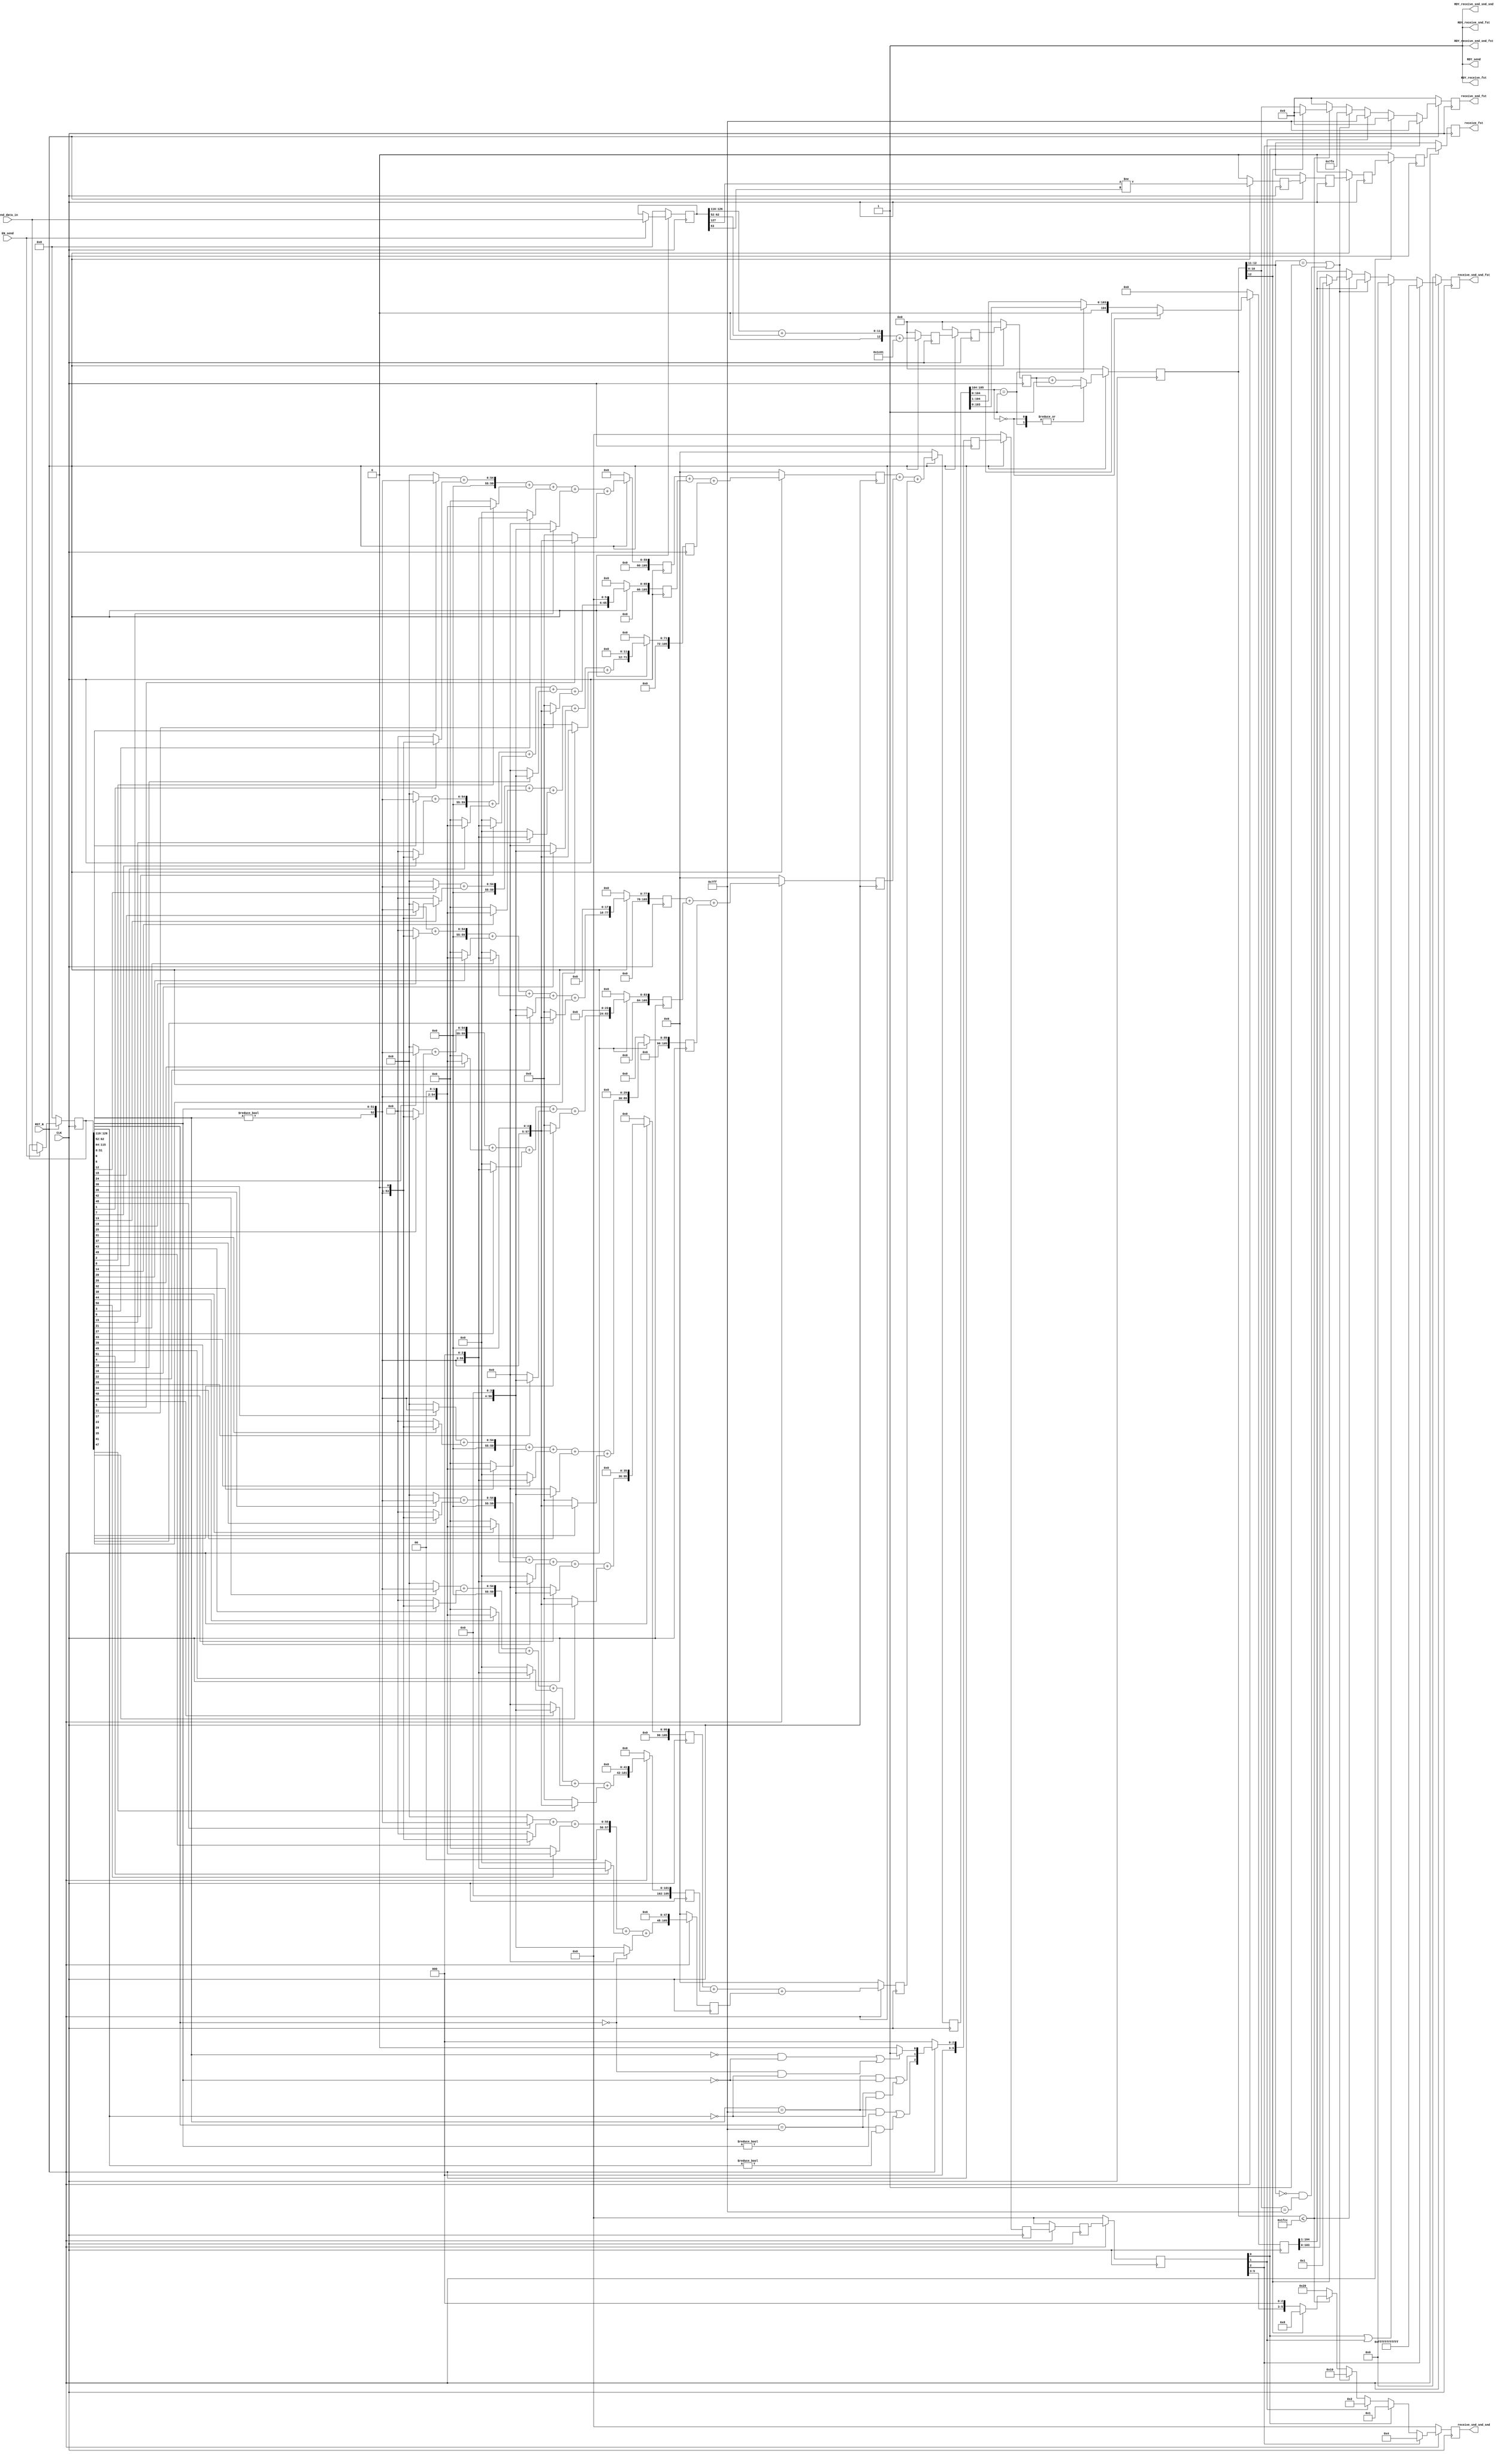
//
// Generated by Bluespec Compiler, version 2021.12.1 (build fd501401)
//
// On Sun Nov 12 01:47:22 IST 2023
//
//
// Ports:
// Name                         I/O  size props
// RDY_send                       O     1 const
// receive_fst                    O     1 reg
// RDY_receive_fst                O     1 const
// receive_snd_fst                O    11 reg
// RDY_receive_snd_fst            O     1 const
// receive_snd_snd_fst            O   104 reg
// RDY_receive_snd_snd_fst        O     1 const
// receive_snd_snd_snd            O     6 reg
// RDY_receive_snd_snd_snd        O     1 const
// CLK                            I     1 clock
// RST_N                          I     1 reset
// send_data_in                   I   128 reg
// EN_send                        I     1
//
// No combinational paths from inputs to outputs
//
//

`ifdef BSV_ASSIGNMENT_DELAY
`else
  `define BSV_ASSIGNMENT_DELAY
`endif

`ifdef BSV_POSITIVE_RESET
  `define BSV_RESET_VALUE 1'b1
  `define BSV_RESET_EDGE posedge
`else
  `define BSV_RESET_VALUE 1'b0
  `define BSV_RESET_EDGE negedge
`endif

module mkMulPipe(CLK,
		 RST_N,

		 send_data_in,
		 EN_send,
		 RDY_send,

		 receive_fst,
		 RDY_receive_fst,

		 receive_snd_fst,
		 RDY_receive_snd_fst,

		 receive_snd_snd_fst,
		 RDY_receive_snd_snd_fst,

		 receive_snd_snd_snd,
		 RDY_receive_snd_snd_snd);
  input  CLK;
  input  RST_N;

  // action method send
  input  [127 : 0] send_data_in;
  input  EN_send;
  output RDY_send;

  // value method receive_fst
  output receive_fst;
  output RDY_receive_fst;

  // value method receive_snd_fst
  output [10 : 0] receive_snd_fst;
  output RDY_receive_snd_fst;

  // value method receive_snd_snd_fst
  output [103 : 0] receive_snd_snd_fst;
  output RDY_receive_snd_snd_fst;

  // value method receive_snd_snd_snd
  output [5 : 0] receive_snd_snd_snd;
  output RDY_receive_snd_snd_snd;

  // signals for module outputs
  wire [103 : 0] receive_snd_snd_fst;
  wire [10 : 0] receive_snd_fst;
  wire [5 : 0] receive_snd_snd_snd;
  wire RDY_receive_fst,
       RDY_receive_snd_fst,
       RDY_receive_snd_snd_fst,
       RDY_receive_snd_snd_snd,
       RDY_send,
       receive_fst;

  // register d_copy1
  reg [127 : 0] d_copy1;
  wire [127 : 0] d_copy1$D_IN;
  wire d_copy1$EN;

  // register d_copy10
  reg [127 : 0] d_copy10;
  wire [127 : 0] d_copy10$D_IN;
  wire d_copy10$EN;

  // register d_copy11
  reg [127 : 0] d_copy11;
  wire [127 : 0] d_copy11$D_IN;
  wire d_copy11$EN;

  // register d_copy2
  reg [127 : 0] d_copy2;
  wire [127 : 0] d_copy2$D_IN;
  wire d_copy2$EN;

  // register d_copy3
  reg [127 : 0] d_copy3;
  wire [127 : 0] d_copy3$D_IN;
  wire d_copy3$EN;

  // register d_copy4
  reg [127 : 0] d_copy4;
  wire [127 : 0] d_copy4$D_IN;
  wire d_copy4$EN;

  // register d_copy5
  reg [127 : 0] d_copy5;
  wire [127 : 0] d_copy5$D_IN;
  wire d_copy5$EN;

  // register d_copy6
  reg [127 : 0] d_copy6;
  wire [127 : 0] d_copy6$D_IN;
  wire d_copy6$EN;

  // register d_copy7
  reg [127 : 0] d_copy7;
  wire [127 : 0] d_copy7$D_IN;
  wire d_copy7$EN;

  // register d_copy8
  reg [127 : 0] d_copy8;
  wire [127 : 0] d_copy8$D_IN;
  wire d_copy8$EN;

  // register d_copy9
  reg [127 : 0] d_copy9;
  wire [127 : 0] d_copy9$D_IN;
  wire d_copy9$EN;

  // register rg_er
  reg [12 : 0] rg_er;
  wire [12 : 0] rg_er$D_IN;
  wire rg_er$EN;

  // register rg_ers2
  reg [12 : 0] rg_ers2;
  wire [12 : 0] rg_ers2$D_IN;
  wire rg_ers2$EN;

  // register rg_ers3
  reg [12 : 0] rg_ers3;
  wire [12 : 0] rg_ers3$D_IN;
  wire rg_ers3$EN;

  // register rg_ex
  reg [12 : 0] rg_ex;
  reg [12 : 0] rg_ex$D_IN;
  wire rg_ex$EN;

  // register rg_ex_f
  reg [10 : 0] rg_ex_f;
  wire [10 : 0] rg_ex_f$D_IN;
  wire rg_ex_f$EN;

  // register rg_flags_f
  reg [5 : 0] rg_flags_f;
  wire [5 : 0] rg_flags_f$D_IN;
  wire rg_flags_f$EN;

  // register rg_flags_s1
  reg [5 : 0] rg_flags_s1;
  wire [5 : 0] rg_flags_s1$D_IN;
  wire rg_flags_s1$EN;

  // register rg_flags_s2
  reg [5 : 0] rg_flags_s2;
  wire [5 : 0] rg_flags_s2$D_IN;
  wire rg_flags_s2$EN;

  // register rg_flags_s3
  reg [5 : 0] rg_flags_s3;
  wire [5 : 0] rg_flags_s3$D_IN;
  wire rg_flags_s3$EN;

  // register rg_flags_s4
  reg [5 : 0] rg_flags_s4;
  wire [5 : 0] rg_flags_s4$D_IN;
  wire rg_flags_s4$EN;

  // register rg_man
  reg [107 : 0] rg_man;
  wire [107 : 0] rg_man$D_IN;
  wire rg_man$EN;

  // register rg_man_f
  reg [103 : 0] rg_man_f;
  wire [103 : 0] rg_man_f$D_IN;
  wire rg_man_f$EN;

  // register rg_partial_product0_1
  reg [107 : 0] rg_partial_product0_1;
  wire [107 : 0] rg_partial_product0_1$D_IN;
  wire rg_partial_product0_1$EN;

  // register rg_partial_product1_1
  reg [107 : 0] rg_partial_product1_1;
  wire [107 : 0] rg_partial_product1_1$D_IN;
  wire rg_partial_product1_1$EN;

  // register rg_partial_product2_1
  reg [107 : 0] rg_partial_product2_1;
  wire [107 : 0] rg_partial_product2_1$D_IN;
  wire rg_partial_product2_1$EN;

  // register rg_partial_product3_1
  reg [107 : 0] rg_partial_product3_1;
  wire [107 : 0] rg_partial_product3_1$D_IN;
  wire rg_partial_product3_1$EN;

  // register rg_partial_product4_1
  reg [107 : 0] rg_partial_product4_1;
  wire [107 : 0] rg_partial_product4_1$D_IN;
  wire rg_partial_product4_1$EN;

  // register rg_partial_product5_1
  reg [107 : 0] rg_partial_product5_1;
  wire [107 : 0] rg_partial_product5_1$D_IN;
  wire rg_partial_product5_1$EN;

  // register rg_partial_product6_1
  reg [107 : 0] rg_partial_product6_1;
  wire [107 : 0] rg_partial_product6_1$D_IN;
  wire rg_partial_product6_1$EN;

  // register rg_partial_product7_1
  reg [107 : 0] rg_partial_product7_1;
  wire [107 : 0] rg_partial_product7_1$D_IN;
  wire rg_partial_product7_1$EN;

  // register rg_partial_product8_1
  reg [107 : 0] rg_partial_product8_1;
  wire [107 : 0] rg_partial_product8_1$D_IN;
  wire rg_partial_product8_1$EN;

  // register rg_sign
  reg rg_sign;
  wire rg_sign$D_IN, rg_sign$EN;

  // register rg_sign_f
  reg rg_sign_f;
  wire rg_sign_f$D_IN, rg_sign_f$EN;

  // register rg_smr
  reg [107 : 0] rg_smr;
  wire [107 : 0] rg_smr$D_IN;
  wire rg_smr$EN;

  // register rg_smr1
  reg [107 : 0] rg_smr1;
  wire [107 : 0] rg_smr1$D_IN;
  wire rg_smr1$EN;

  // register rg_smr2
  reg [107 : 0] rg_smr2;
  wire [107 : 0] rg_smr2$D_IN;
  wire rg_smr2$EN;

  // register rg_smr3
  reg [107 : 0] rg_smr3;
  wire [107 : 0] rg_smr3$D_IN;
  wire rg_smr3$EN;

  // register rg_sr
  reg rg_sr;
  wire rg_sr$D_IN, rg_sr$EN;

  // register rg_srs2
  reg rg_srs2;
  wire rg_srs2$D_IN, rg_srs2$EN;

  // register rg_srs3
  reg rg_srs3;
  wire rg_srs3$D_IN, rg_srs3$EN;

  // rule scheduling signals
  wire CAN_FIRE_RL_rl_add_stage2,
       CAN_FIRE_RL_rl_eval_exponent_sign_stage1,
       CAN_FIRE_RL_rl_eval_partial_product_1_stage1,
       CAN_FIRE_RL_rl_stage2o5,
       CAN_FIRE_RL_rl_stage3,
       CAN_FIRE_RL_rl_stage5,
       CAN_FIRE_send,
       WILL_FIRE_RL_rl_add_stage2,
       WILL_FIRE_RL_rl_eval_exponent_sign_stage1,
       WILL_FIRE_RL_rl_eval_partial_product_1_stage1,
       WILL_FIRE_RL_rl_stage2o5,
       WILL_FIRE_RL_rl_stage3,
       WILL_FIRE_RL_rl_stage5,
       WILL_FIRE_send;

  // remaining internal signals
  wire [107 : 0] x__h4187, x__h4246, x__h4305, x__h4544;
  wire [103 : 0] IF_rg_ex_55_BITS_12_TO_11_56_EQ_0b1_57_OR_rg_e_ETC___d277,
		 IF_rg_ex_55_ULE_0x1FCC_63_THEN_IF_rg_ex_55_BIT_ETC___d276;
  wire [59 : 0] a__h1670,
		res1__h1677,
		res1__h1942,
		res1__h2199,
		res1__h2455,
		res1__h2711,
		res1__h2967,
		res1__h3223,
		res1__h3479,
		res1__h3711,
		res2__h1678,
		res2__h1943,
		res2__h2200,
		res2__h2456,
		res2__h2712,
		res2__h2968,
		res2__h3224,
		res2__h3480,
		res2__h3712,
		res3__h1679,
		res3__h1944,
		res3__h2201,
		res3__h2457,
		res3__h2713,
		res3__h2969,
		res3__h3225,
		res3__h3481,
		res3__h3713,
		res4__h1680,
		res4__h1945,
		res4__h2202,
		res4__h2458,
		res4__h2714,
		res4__h2970,
		res4__h3226,
		res4__h3482,
		res4__h3714,
		res5__h1681,
		res5__h1946,
		res5__h2203,
		res5__h2459,
		res5__h2715,
		res5__h2971,
		res5__h3227,
		res5__h3483,
		res5__h3715,
		res6__h1682,
		res6__h1947,
		res6__h2204,
		res6__h2460,
		res6__h2716,
		res6__h2972,
		res6__h3228,
		res6__h3484,
		x__h1702,
		x__h1703,
		x__h1704,
		x__h1705,
		x__h1967,
		x__h1968,
		x__h1969,
		x__h1970,
		x__h2224,
		x__h2225,
		x__h2226,
		x__h2227,
		x__h2480,
		x__h2481,
		x__h2482,
		x__h2483,
		x__h2736,
		x__h2737,
		x__h2738,
		x__h2739,
		x__h2992,
		x__h2993,
		x__h2994,
		x__h2995,
		x__h3248,
		x__h3249,
		x__h3250,
		x__h3251,
		x__h3504,
		x__h3505,
		x__h3506,
		x__h3507,
		x__h3737,
		x__h3738,
		x__h3739,
		y__h1683,
		y__h1948,
		y__h2205,
		y__h2461,
		y__h2717,
		y__h2973,
		y__h3229,
		y__h3485,
		y__h3717;
  wire [52 : 0] m__h1667;
  wire [12 : 0] x__h5069, x__h800, x__h802, y__h803;
  wire [10 : 0] IF_rg_flags_s4_51_BIT_0_53_THEN_0x0_ELSE_IF_rg_ETC___d269;
  wire [5 : 0] IF_d_copy2_BITS_126_TO_116_EQ_0_AND_d_copy2_BI_ETC__q1,
	       IF_rg_ex_55_ULE_0x1FCC_63_THEN_IF_rg_ex_55_BIT_ETC___d281,
	       IF_rg_flags_s4_51_BIT_0_53_THEN_0b1_ELSE_IF_rg_ETC___d284;
  wire rg_ex_55_ULE_0x1FCC___d263;

  // action method send
  assign RDY_send = 1'd1 ;
  assign CAN_FIRE_send = 1'd1 ;
  assign WILL_FIRE_send = EN_send ;

  // value method receive_fst
  assign receive_fst = rg_sign_f ;
  assign RDY_receive_fst = 1'd1 ;

  // value method receive_snd_fst
  assign receive_snd_fst = rg_ex_f ;
  assign RDY_receive_snd_fst = 1'd1 ;

  // value method receive_snd_snd_fst
  assign receive_snd_snd_fst = rg_man_f ;
  assign RDY_receive_snd_snd_fst = 1'd1 ;

  // value method receive_snd_snd_snd
  assign receive_snd_snd_snd = rg_flags_f ;
  assign RDY_receive_snd_snd_snd = 1'd1 ;

  // rule RL_rl_stage5
  assign CAN_FIRE_RL_rl_stage5 = 1'd1 ;
  assign WILL_FIRE_RL_rl_stage5 = 1'd1 ;

  // rule RL_rl_stage3
  assign CAN_FIRE_RL_rl_stage3 = 1'd1 ;
  assign WILL_FIRE_RL_rl_stage3 = 1'd1 ;

  // rule RL_rl_stage2o5
  assign CAN_FIRE_RL_rl_stage2o5 = 1'd1 ;
  assign WILL_FIRE_RL_rl_stage2o5 = 1'd1 ;

  // rule RL_rl_add_stage2
  assign CAN_FIRE_RL_rl_add_stage2 = 1'd1 ;
  assign WILL_FIRE_RL_rl_add_stage2 = 1'd1 ;

  // rule RL_rl_eval_exponent_sign_stage1
  assign CAN_FIRE_RL_rl_eval_exponent_sign_stage1 = 1'd1 ;
  assign WILL_FIRE_RL_rl_eval_exponent_sign_stage1 = 1'd1 ;

  // rule RL_rl_eval_partial_product_1_stage1
  assign CAN_FIRE_RL_rl_eval_partial_product_1_stage1 = 1'd1 ;
  assign WILL_FIRE_RL_rl_eval_partial_product_1_stage1 = 1'd1 ;

  // register d_copy1
  assign d_copy1$D_IN = send_data_in ;
  assign d_copy1$EN = EN_send ;

  // register d_copy10
  assign d_copy10$D_IN = 128'h0 ;
  assign d_copy10$EN = 1'b0 ;

  // register d_copy11
  assign d_copy11$D_IN = 128'h0 ;
  assign d_copy11$EN = 1'b0 ;

  // register d_copy2
  assign d_copy2$D_IN = send_data_in ;
  assign d_copy2$EN = EN_send ;

  // register d_copy3
  assign d_copy3$D_IN = 128'h0 ;
  assign d_copy3$EN = 1'b0 ;

  // register d_copy4
  assign d_copy4$D_IN = 128'h0 ;
  assign d_copy4$EN = 1'b0 ;

  // register d_copy5
  assign d_copy5$D_IN = 128'h0 ;
  assign d_copy5$EN = 1'b0 ;

  // register d_copy6
  assign d_copy6$D_IN = 128'h0 ;
  assign d_copy6$EN = 1'b0 ;

  // register d_copy7
  assign d_copy7$D_IN = 128'h0 ;
  assign d_copy7$EN = 1'b0 ;

  // register d_copy8
  assign d_copy8$D_IN = 128'h0 ;
  assign d_copy8$EN = 1'b0 ;

  // register d_copy9
  assign d_copy9$D_IN = 128'h0 ;
  assign d_copy9$EN = 1'b0 ;

  // register rg_er
  assign rg_er$D_IN = x__h800 + 13'd7169 ;
  assign rg_er$EN = 1'd1 ;

  // register rg_ers2
  assign rg_ers2$D_IN = rg_er ;
  assign rg_ers2$EN = 1'd1 ;

  // register rg_ers3
  assign rg_ers3$D_IN = rg_ers2 ;
  assign rg_ers3$EN = 1'd1 ;

  // register rg_ex
  always@(rg_smr or x__h5069 or rg_ers3)
  begin
    case (rg_smr[105:104])
      2'b0, 2'b01: rg_ex$D_IN = rg_ers3;
      default: rg_ex$D_IN = x__h5069;
    endcase
  end
  assign rg_ex$EN = 1'b1 ;

  // register rg_ex_f
  assign rg_ex_f$D_IN =
	     rg_flags_s4[2] ?
	       11'h7FF :
	       IF_rg_flags_s4_51_BIT_0_53_THEN_0x0_ELSE_IF_rg_ETC___d269 ;
  assign rg_ex_f$EN = 1'd1 ;

  // register rg_flags_f
  assign rg_flags_f$D_IN =
	     rg_flags_s4[2] ?
	       6'b000100 :
	       IF_rg_flags_s4_51_BIT_0_53_THEN_0b1_ELSE_IF_rg_ETC___d284 ;
  assign rg_flags_f$EN = 1'd1 ;

  // register rg_flags_s1
  assign rg_flags_s1$D_IN =
	     { 3'd0,
	       d_copy2[126:116] == 11'd2047 && d_copy2[115:64] != 52'd0 ||
	       d_copy2[62:52] == 11'd2047 && d_copy2[51:0] != 52'd0,
	       d_copy2[126:116] == 11'd2047 && d_copy2[115:64] == 52'd0 ||
	       d_copy2[62:52] == 11'd2047 && d_copy2[51:0] == 52'd0,
	       IF_d_copy2_BITS_126_TO_116_EQ_0_AND_d_copy2_BI_ETC__q1[0] } ;
  assign rg_flags_s1$EN = 1'd1 ;

  // register rg_flags_s2
  assign rg_flags_s2$D_IN = rg_flags_s1 ;
  assign rg_flags_s2$EN = 1'd1 ;

  // register rg_flags_s3
  assign rg_flags_s3$D_IN = rg_flags_s2 ;
  assign rg_flags_s3$EN = 1'd1 ;

  // register rg_flags_s4
  assign rg_flags_s4$D_IN = rg_flags_s3 ;
  assign rg_flags_s4$EN = 1'd1 ;

  // register rg_man
  assign rg_man$D_IN =
	     (rg_smr[105:104] == 2'b0) ?
	       rg_smr :
	       { 4'b0,
		 (rg_smr[105:104] == 2'b01) ?
		   rg_smr[103:0] :
		   rg_smr[104:1] } ;
  assign rg_man$EN = 1'b1 ;

  // register rg_man_f
  assign rg_man_f$D_IN =
	     rg_flags_s4[2] ?
	       104'h00000000000000FFFFFFFFFFFF :
	       ((rg_flags_s4[0] || rg_flags_s4[1]) ?
		  104'h0 :
		  IF_rg_ex_55_BITS_12_TO_11_56_EQ_0b1_57_OR_rg_e_ETC___d277) ;
  assign rg_man_f$EN = 1'd1 ;

  // register rg_partial_product0_1
  assign rg_partial_product0_1$D_IN = { 48'd0, y__h1683 } ;
  assign rg_partial_product0_1$EN = 1'd1 ;

  // register rg_partial_product1_1
  assign rg_partial_product1_1$D_IN = { 42'd0, y__h1948, 6'd0 } ;
  assign rg_partial_product1_1$EN = 1'd1 ;

  // register rg_partial_product2_1
  assign rg_partial_product2_1$D_IN = { 36'd0, y__h2205, 12'd0 } ;
  assign rg_partial_product2_1$EN = 1'd1 ;

  // register rg_partial_product3_1
  assign rg_partial_product3_1$D_IN = { 30'd0, y__h2461, 18'd0 } ;
  assign rg_partial_product3_1$EN = 1'd1 ;

  // register rg_partial_product4_1
  assign rg_partial_product4_1$D_IN = { 24'd0, y__h2717, 24'd0 } ;
  assign rg_partial_product4_1$EN = 1'd1 ;

  // register rg_partial_product5_1
  assign rg_partial_product5_1$D_IN = { 18'd0, y__h2973, 30'd0 } ;
  assign rg_partial_product5_1$EN = 1'd1 ;

  // register rg_partial_product6_1
  assign rg_partial_product6_1$D_IN = { 12'd0, y__h3229, 36'd0 } ;
  assign rg_partial_product6_1$EN = 1'd1 ;

  // register rg_partial_product7_1
  assign rg_partial_product7_1$D_IN = { 6'd0, y__h3485, 42'd0 } ;
  assign rg_partial_product7_1$EN = 1'd1 ;

  // register rg_partial_product8_1
  assign rg_partial_product8_1$D_IN = { y__h3717, 48'd0 } ;
  assign rg_partial_product8_1$EN = 1'd1 ;

  // register rg_sign
  assign rg_sign$D_IN = rg_srs3 ;
  assign rg_sign$EN = 1'd1 ;

  // register rg_sign_f
  assign rg_sign_f$D_IN = rg_sign ;
  assign rg_sign_f$EN = 1'd1 ;

  // register rg_smr
  assign rg_smr$D_IN = x__h4544 + rg_smr3 ;
  assign rg_smr$EN = 1'd1 ;

  // register rg_smr1
  assign rg_smr1$D_IN = x__h4187 + rg_partial_product2_1 ;
  assign rg_smr1$EN = 1'd1 ;

  // register rg_smr2
  assign rg_smr2$D_IN = x__h4246 + rg_partial_product5_1 ;
  assign rg_smr2$EN = 1'd1 ;

  // register rg_smr3
  assign rg_smr3$D_IN = x__h4305 + rg_partial_product8_1 ;
  assign rg_smr3$EN = 1'd1 ;

  // register rg_sr
  assign rg_sr$D_IN = d_copy1[127] != d_copy1[63] ;
  assign rg_sr$EN = 1'd1 ;

  // register rg_srs2
  assign rg_srs2$D_IN = rg_sr ;
  assign rg_srs2$EN = 1'd1 ;

  // register rg_srs3
  assign rg_srs3$D_IN = rg_srs2 ;
  assign rg_srs3$EN = 1'd1 ;

  // remaining internal signals
  assign IF_d_copy2_BITS_126_TO_116_EQ_0_AND_d_copy2_BI_ETC__q1 =
	     (d_copy2[126:116] == 11'd0 && d_copy2[115:64] == 52'd0 ||
	      d_copy2[62:52] == 11'd0 && d_copy2[51:0] == 52'd0) ?
	       6'd1 :
	       6'd0 ;
  assign IF_rg_ex_55_BITS_12_TO_11_56_EQ_0b1_57_OR_rg_e_ETC___d277 =
	     (rg_ex[12:11] == 2'b01 ||
	      rg_ex[12:11] == 2'b0 && rg_ex[10:0] == 11'd2047) ?
	       rg_man[104:1] :
	       IF_rg_ex_55_ULE_0x1FCC_63_THEN_IF_rg_ex_55_BIT_ETC___d276 ;
  assign IF_rg_ex_55_ULE_0x1FCC_63_THEN_IF_rg_ex_55_BIT_ETC___d276 =
	     rg_ex_55_ULE_0x1FCC___d263 ?
	       (rg_ex[12] ? 104'h00000000000000000000000001 : rg_man[103:0]) :
	       rg_man[104:1] ;
  assign IF_rg_ex_55_ULE_0x1FCC_63_THEN_IF_rg_ex_55_BIT_ETC___d281 =
	     rg_ex_55_ULE_0x1FCC___d263 ?
	       (rg_ex[12] ? 6'b001000 : rg_flags_s4) :
	       6'b100000 ;
  assign IF_rg_flags_s4_51_BIT_0_53_THEN_0b1_ELSE_IF_rg_ETC___d284 =
	     rg_flags_s4[0] ?
	       6'b000001 :
	       (rg_flags_s4[1] ?
		  6'b000010 :
		  ((rg_ex[12:11] == 2'b01 ||
		    rg_ex[12:11] == 2'b0 && rg_ex[10:0] == 11'd2047) ?
		     6'b010000 :
		     IF_rg_ex_55_ULE_0x1FCC_63_THEN_IF_rg_ex_55_BIT_ETC___d281)) ;
  assign IF_rg_flags_s4_51_BIT_0_53_THEN_0x0_ELSE_IF_rg_ETC___d269 =
	     rg_flags_s4[0] ?
	       11'h0 :
	       (rg_flags_s4[1] ?
		  11'h7FF :
		  ((rg_ex[12:11] == 2'b01 ||
		    rg_ex[12:11] == 2'b0 && rg_ex[10:0] == 11'd2047) ?
		     11'h7FE :
		     (rg_ex_55_ULE_0x1FCC___d263 ?
			(rg_ex[12] ? 11'h0 : rg_ex[10:0]) :
			11'h0))) ;
  assign a__h1670 = { 7'd0, m__h1667 } ;
  assign m__h1667 = { d_copy2[126:116] != 11'd0, d_copy2[115:64] } ;
  assign res1__h1677 = d_copy2[0] ? a__h1670 : 60'd0 ;
  assign res1__h1942 = d_copy2[6] ? a__h1670 : 60'd0 ;
  assign res1__h2199 = d_copy2[12] ? a__h1670 : 60'd0 ;
  assign res1__h2455 = d_copy2[18] ? a__h1670 : 60'd0 ;
  assign res1__h2711 = d_copy2[24] ? a__h1670 : 60'd0 ;
  assign res1__h2967 = d_copy2[30] ? a__h1670 : 60'd0 ;
  assign res1__h3223 = d_copy2[36] ? a__h1670 : 60'd0 ;
  assign res1__h3479 = d_copy2[42] ? a__h1670 : 60'd0 ;
  assign res1__h3711 = d_copy2[48] ? a__h1670 : 60'd0 ;
  assign res2__h1678 = d_copy2[1] ? { 6'd0, m__h1667, 1'd0 } : 60'd0 ;
  assign res2__h1943 = d_copy2[7] ? { 6'd0, m__h1667, 1'd0 } : 60'd0 ;
  assign res2__h2200 = d_copy2[13] ? { 6'd0, m__h1667, 1'd0 } : 60'd0 ;
  assign res2__h2456 = d_copy2[19] ? { 6'd0, m__h1667, 1'd0 } : 60'd0 ;
  assign res2__h2712 = d_copy2[25] ? { 6'd0, m__h1667, 1'd0 } : 60'd0 ;
  assign res2__h2968 = d_copy2[31] ? { 6'd0, m__h1667, 1'd0 } : 60'd0 ;
  assign res2__h3224 = d_copy2[37] ? { 6'd0, m__h1667, 1'd0 } : 60'd0 ;
  assign res2__h3480 = d_copy2[43] ? { 6'd0, m__h1667, 1'd0 } : 60'd0 ;
  assign res2__h3712 = d_copy2[49] ? { 6'd0, m__h1667, 1'd0 } : 60'd0 ;
  assign res3__h1679 = d_copy2[2] ? { 5'd0, m__h1667, 2'd0 } : 60'd0 ;
  assign res3__h1944 = d_copy2[8] ? { 5'd0, m__h1667, 2'd0 } : 60'd0 ;
  assign res3__h2201 = d_copy2[14] ? { 5'd0, m__h1667, 2'd0 } : 60'd0 ;
  assign res3__h2457 = d_copy2[20] ? { 5'd0, m__h1667, 2'd0 } : 60'd0 ;
  assign res3__h2713 = d_copy2[26] ? { 5'd0, m__h1667, 2'd0 } : 60'd0 ;
  assign res3__h2969 = d_copy2[32] ? { 5'd0, m__h1667, 2'd0 } : 60'd0 ;
  assign res3__h3225 = d_copy2[38] ? { 5'd0, m__h1667, 2'd0 } : 60'd0 ;
  assign res3__h3481 = d_copy2[44] ? { 5'd0, m__h1667, 2'd0 } : 60'd0 ;
  assign res3__h3713 = d_copy2[50] ? { 5'd0, m__h1667, 2'd0 } : 60'd0 ;
  assign res4__h1680 = d_copy2[3] ? { 4'd0, m__h1667, 3'd0 } : 60'd0 ;
  assign res4__h1945 = d_copy2[9] ? { 4'd0, m__h1667, 3'd0 } : 60'd0 ;
  assign res4__h2202 = d_copy2[15] ? { 4'd0, m__h1667, 3'd0 } : 60'd0 ;
  assign res4__h2458 = d_copy2[21] ? { 4'd0, m__h1667, 3'd0 } : 60'd0 ;
  assign res4__h2714 = d_copy2[27] ? { 4'd0, m__h1667, 3'd0 } : 60'd0 ;
  assign res4__h2970 = d_copy2[33] ? { 4'd0, m__h1667, 3'd0 } : 60'd0 ;
  assign res4__h3226 = d_copy2[39] ? { 4'd0, m__h1667, 3'd0 } : 60'd0 ;
  assign res4__h3482 = d_copy2[45] ? { 4'd0, m__h1667, 3'd0 } : 60'd0 ;
  assign res4__h3714 = d_copy2[51] ? { 4'd0, m__h1667, 3'd0 } : 60'd0 ;
  assign res5__h1681 = d_copy2[4] ? { 3'd0, m__h1667, 4'd0 } : 60'd0 ;
  assign res5__h1946 = d_copy2[10] ? { 3'd0, m__h1667, 4'd0 } : 60'd0 ;
  assign res5__h2203 = d_copy2[16] ? { 3'd0, m__h1667, 4'd0 } : 60'd0 ;
  assign res5__h2459 = d_copy2[22] ? { 3'd0, m__h1667, 4'd0 } : 60'd0 ;
  assign res5__h2715 = d_copy2[28] ? { 3'd0, m__h1667, 4'd0 } : 60'd0 ;
  assign res5__h2971 = d_copy2[34] ? { 3'd0, m__h1667, 4'd0 } : 60'd0 ;
  assign res5__h3227 = d_copy2[40] ? { 3'd0, m__h1667, 4'd0 } : 60'd0 ;
  assign res5__h3483 = d_copy2[46] ? { 3'd0, m__h1667, 4'd0 } : 60'd0 ;
  assign res5__h3715 =
	     (d_copy2[62:52] == 11'd0) ? 60'd0 : { 3'd0, m__h1667, 4'd0 } ;
  assign res6__h1682 = d_copy2[5] ? { 2'd0, m__h1667, 5'd0 } : 60'd0 ;
  assign res6__h1947 = d_copy2[11] ? { 2'd0, m__h1667, 5'd0 } : 60'd0 ;
  assign res6__h2204 = d_copy2[17] ? { 2'd0, m__h1667, 5'd0 } : 60'd0 ;
  assign res6__h2460 = d_copy2[23] ? { 2'd0, m__h1667, 5'd0 } : 60'd0 ;
  assign res6__h2716 = d_copy2[29] ? { 2'd0, m__h1667, 5'd0 } : 60'd0 ;
  assign res6__h2972 = d_copy2[35] ? { 2'd0, m__h1667, 5'd0 } : 60'd0 ;
  assign res6__h3228 = d_copy2[41] ? { 2'd0, m__h1667, 5'd0 } : 60'd0 ;
  assign res6__h3484 = d_copy2[47] ? { 2'd0, m__h1667, 5'd0 } : 60'd0 ;
  assign rg_ex_55_ULE_0x1FCC___d263 = rg_ex <= 13'h1FCC ;
  assign x__h1702 = x__h1703 + res5__h1681 ;
  assign x__h1703 = x__h1704 + res4__h1680 ;
  assign x__h1704 = x__h1705 + res3__h1679 ;
  assign x__h1705 = res1__h1677 + res2__h1678 ;
  assign x__h1967 = x__h1968 + res5__h1946 ;
  assign x__h1968 = x__h1969 + res4__h1945 ;
  assign x__h1969 = x__h1970 + res3__h1944 ;
  assign x__h1970 = res1__h1942 + res2__h1943 ;
  assign x__h2224 = x__h2225 + res5__h2203 ;
  assign x__h2225 = x__h2226 + res4__h2202 ;
  assign x__h2226 = x__h2227 + res3__h2201 ;
  assign x__h2227 = res1__h2199 + res2__h2200 ;
  assign x__h2480 = x__h2481 + res5__h2459 ;
  assign x__h2481 = x__h2482 + res4__h2458 ;
  assign x__h2482 = x__h2483 + res3__h2457 ;
  assign x__h2483 = res1__h2455 + res2__h2456 ;
  assign x__h2736 = x__h2737 + res5__h2715 ;
  assign x__h2737 = x__h2738 + res4__h2714 ;
  assign x__h2738 = x__h2739 + res3__h2713 ;
  assign x__h2739 = res1__h2711 + res2__h2712 ;
  assign x__h2992 = x__h2993 + res5__h2971 ;
  assign x__h2993 = x__h2994 + res4__h2970 ;
  assign x__h2994 = x__h2995 + res3__h2969 ;
  assign x__h2995 = res1__h2967 + res2__h2968 ;
  assign x__h3248 = x__h3249 + res5__h3227 ;
  assign x__h3249 = x__h3250 + res4__h3226 ;
  assign x__h3250 = x__h3251 + res3__h3225 ;
  assign x__h3251 = res1__h3223 + res2__h3224 ;
  assign x__h3504 = x__h3505 + res5__h3483 ;
  assign x__h3505 = x__h3506 + res4__h3482 ;
  assign x__h3506 = x__h3507 + res3__h3481 ;
  assign x__h3507 = res1__h3479 + res2__h3480 ;
  assign x__h3737 = x__h3738 + res4__h3714 ;
  assign x__h3738 = x__h3739 + res3__h3713 ;
  assign x__h3739 = res1__h3711 + res2__h3712 ;
  assign x__h4187 = rg_partial_product0_1 + rg_partial_product1_1 ;
  assign x__h4246 = rg_partial_product3_1 + rg_partial_product4_1 ;
  assign x__h4305 = rg_partial_product6_1 + rg_partial_product7_1 ;
  assign x__h4544 = rg_smr1 + rg_smr2 ;
  assign x__h5069 = rg_ers3 + 13'd1 ;
  assign x__h800 = x__h802 + y__h803 ;
  assign x__h802 = { 2'd0, d_copy1[126:116] } ;
  assign y__h1683 = x__h1702 + res6__h1682 ;
  assign y__h1948 = x__h1967 + res6__h1947 ;
  assign y__h2205 = x__h2224 + res6__h2204 ;
  assign y__h2461 = x__h2480 + res6__h2460 ;
  assign y__h2717 = x__h2736 + res6__h2716 ;
  assign y__h2973 = x__h2992 + res6__h2972 ;
  assign y__h3229 = x__h3248 + res6__h3228 ;
  assign y__h3485 = x__h3504 + res6__h3484 ;
  assign y__h3717 = x__h3737 + res5__h3715 ;
  assign y__h803 = { 2'd0, d_copy1[62:52] } ;

  // handling of inlined registers

  always@(posedge CLK)
  begin
    if (RST_N == `BSV_RESET_VALUE)
      begin
        d_copy1 <= `BSV_ASSIGNMENT_DELAY 128'd0;
	d_copy10 <= `BSV_ASSIGNMENT_DELAY 128'd0;
	d_copy11 <= `BSV_ASSIGNMENT_DELAY 128'd0;
	d_copy2 <= `BSV_ASSIGNMENT_DELAY 128'd0;
	d_copy3 <= `BSV_ASSIGNMENT_DELAY 128'd0;
	d_copy4 <= `BSV_ASSIGNMENT_DELAY 128'd0;
	d_copy5 <= `BSV_ASSIGNMENT_DELAY 128'd0;
	d_copy6 <= `BSV_ASSIGNMENT_DELAY 128'd0;
	d_copy7 <= `BSV_ASSIGNMENT_DELAY 128'd0;
	d_copy8 <= `BSV_ASSIGNMENT_DELAY 128'd0;
	d_copy9 <= `BSV_ASSIGNMENT_DELAY 128'd0;
	rg_er <= `BSV_ASSIGNMENT_DELAY 13'd0;
	rg_ers2 <= `BSV_ASSIGNMENT_DELAY 13'd0;
	rg_ers3 <= `BSV_ASSIGNMENT_DELAY 13'd0;
	rg_ex <= `BSV_ASSIGNMENT_DELAY 13'd0;
	rg_ex_f <= `BSV_ASSIGNMENT_DELAY 11'd0;
	rg_flags_f <= `BSV_ASSIGNMENT_DELAY 6'd0;
	rg_flags_s1 <= `BSV_ASSIGNMENT_DELAY 6'd0;
	rg_flags_s2 <= `BSV_ASSIGNMENT_DELAY 6'd0;
	rg_flags_s3 <= `BSV_ASSIGNMENT_DELAY 6'd0;
	rg_flags_s4 <= `BSV_ASSIGNMENT_DELAY 6'd0;
	rg_man <= `BSV_ASSIGNMENT_DELAY 108'd0;
	rg_man_f <= `BSV_ASSIGNMENT_DELAY 104'd0;
	rg_partial_product0_1 <= `BSV_ASSIGNMENT_DELAY 108'd0;
	rg_partial_product1_1 <= `BSV_ASSIGNMENT_DELAY 108'd0;
	rg_partial_product2_1 <= `BSV_ASSIGNMENT_DELAY 108'd0;
	rg_partial_product3_1 <= `BSV_ASSIGNMENT_DELAY 108'd0;
	rg_partial_product4_1 <= `BSV_ASSIGNMENT_DELAY 108'd0;
	rg_partial_product5_1 <= `BSV_ASSIGNMENT_DELAY 108'd0;
	rg_partial_product6_1 <= `BSV_ASSIGNMENT_DELAY 108'd0;
	rg_partial_product7_1 <= `BSV_ASSIGNMENT_DELAY 108'd0;
	rg_partial_product8_1 <= `BSV_ASSIGNMENT_DELAY 108'd0;
	rg_sign <= `BSV_ASSIGNMENT_DELAY 1'd0;
	rg_sign_f <= `BSV_ASSIGNMENT_DELAY 1'd0;
	rg_smr <= `BSV_ASSIGNMENT_DELAY 108'd0;
	rg_smr1 <= `BSV_ASSIGNMENT_DELAY 108'd0;
	rg_smr2 <= `BSV_ASSIGNMENT_DELAY 108'd0;
	rg_smr3 <= `BSV_ASSIGNMENT_DELAY 108'd0;
	rg_sr <= `BSV_ASSIGNMENT_DELAY 1'd0;
	rg_srs2 <= `BSV_ASSIGNMENT_DELAY 1'd0;
	rg_srs3 <= `BSV_ASSIGNMENT_DELAY 1'd0;
      end
    else
      begin
        if (d_copy1$EN) d_copy1 <= `BSV_ASSIGNMENT_DELAY d_copy1$D_IN;
	if (d_copy10$EN) d_copy10 <= `BSV_ASSIGNMENT_DELAY d_copy10$D_IN;
	if (d_copy11$EN) d_copy11 <= `BSV_ASSIGNMENT_DELAY d_copy11$D_IN;
	if (d_copy2$EN) d_copy2 <= `BSV_ASSIGNMENT_DELAY d_copy2$D_IN;
	if (d_copy3$EN) d_copy3 <= `BSV_ASSIGNMENT_DELAY d_copy3$D_IN;
	if (d_copy4$EN) d_copy4 <= `BSV_ASSIGNMENT_DELAY d_copy4$D_IN;
	if (d_copy5$EN) d_copy5 <= `BSV_ASSIGNMENT_DELAY d_copy5$D_IN;
	if (d_copy6$EN) d_copy6 <= `BSV_ASSIGNMENT_DELAY d_copy6$D_IN;
	if (d_copy7$EN) d_copy7 <= `BSV_ASSIGNMENT_DELAY d_copy7$D_IN;
	if (d_copy8$EN) d_copy8 <= `BSV_ASSIGNMENT_DELAY d_copy8$D_IN;
	if (d_copy9$EN) d_copy9 <= `BSV_ASSIGNMENT_DELAY d_copy9$D_IN;
	if (rg_er$EN) rg_er <= `BSV_ASSIGNMENT_DELAY rg_er$D_IN;
	if (rg_ers2$EN) rg_ers2 <= `BSV_ASSIGNMENT_DELAY rg_ers2$D_IN;
	if (rg_ers3$EN) rg_ers3 <= `BSV_ASSIGNMENT_DELAY rg_ers3$D_IN;
	if (rg_ex$EN) rg_ex <= `BSV_ASSIGNMENT_DELAY rg_ex$D_IN;
	if (rg_ex_f$EN) rg_ex_f <= `BSV_ASSIGNMENT_DELAY rg_ex_f$D_IN;
	if (rg_flags_f$EN)
	  rg_flags_f <= `BSV_ASSIGNMENT_DELAY rg_flags_f$D_IN;
	if (rg_flags_s1$EN)
	  rg_flags_s1 <= `BSV_ASSIGNMENT_DELAY rg_flags_s1$D_IN;
	if (rg_flags_s2$EN)
	  rg_flags_s2 <= `BSV_ASSIGNMENT_DELAY rg_flags_s2$D_IN;
	if (rg_flags_s3$EN)
	  rg_flags_s3 <= `BSV_ASSIGNMENT_DELAY rg_flags_s3$D_IN;
	if (rg_flags_s4$EN)
	  rg_flags_s4 <= `BSV_ASSIGNMENT_DELAY rg_flags_s4$D_IN;
	if (rg_man$EN) rg_man <= `BSV_ASSIGNMENT_DELAY rg_man$D_IN;
	if (rg_man_f$EN) rg_man_f <= `BSV_ASSIGNMENT_DELAY rg_man_f$D_IN;
	if (rg_partial_product0_1$EN)
	  rg_partial_product0_1 <= `BSV_ASSIGNMENT_DELAY
	      rg_partial_product0_1$D_IN;
	if (rg_partial_product1_1$EN)
	  rg_partial_product1_1 <= `BSV_ASSIGNMENT_DELAY
	      rg_partial_product1_1$D_IN;
	if (rg_partial_product2_1$EN)
	  rg_partial_product2_1 <= `BSV_ASSIGNMENT_DELAY
	      rg_partial_product2_1$D_IN;
	if (rg_partial_product3_1$EN)
	  rg_partial_product3_1 <= `BSV_ASSIGNMENT_DELAY
	      rg_partial_product3_1$D_IN;
	if (rg_partial_product4_1$EN)
	  rg_partial_product4_1 <= `BSV_ASSIGNMENT_DELAY
	      rg_partial_product4_1$D_IN;
	if (rg_partial_product5_1$EN)
	  rg_partial_product5_1 <= `BSV_ASSIGNMENT_DELAY
	      rg_partial_product5_1$D_IN;
	if (rg_partial_product6_1$EN)
	  rg_partial_product6_1 <= `BSV_ASSIGNMENT_DELAY
	      rg_partial_product6_1$D_IN;
	if (rg_partial_product7_1$EN)
	  rg_partial_product7_1 <= `BSV_ASSIGNMENT_DELAY
	      rg_partial_product7_1$D_IN;
	if (rg_partial_product8_1$EN)
	  rg_partial_product8_1 <= `BSV_ASSIGNMENT_DELAY
	      rg_partial_product8_1$D_IN;
	if (rg_sign$EN) rg_sign <= `BSV_ASSIGNMENT_DELAY rg_sign$D_IN;
	if (rg_sign_f$EN) rg_sign_f <= `BSV_ASSIGNMENT_DELAY rg_sign_f$D_IN;
	if (rg_smr$EN) rg_smr <= `BSV_ASSIGNMENT_DELAY rg_smr$D_IN;
	if (rg_smr1$EN) rg_smr1 <= `BSV_ASSIGNMENT_DELAY rg_smr1$D_IN;
	if (rg_smr2$EN) rg_smr2 <= `BSV_ASSIGNMENT_DELAY rg_smr2$D_IN;
	if (rg_smr3$EN) rg_smr3 <= `BSV_ASSIGNMENT_DELAY rg_smr3$D_IN;
	if (rg_sr$EN) rg_sr <= `BSV_ASSIGNMENT_DELAY rg_sr$D_IN;
	if (rg_srs2$EN) rg_srs2 <= `BSV_ASSIGNMENT_DELAY rg_srs2$D_IN;
	if (rg_srs3$EN) rg_srs3 <= `BSV_ASSIGNMENT_DELAY rg_srs3$D_IN;
      end
  end

  // synopsys translate_off
  `ifdef BSV_NO_INITIAL_BLOCKS
  `else // not BSV_NO_INITIAL_BLOCKS
  initial
  begin
    d_copy1 = 128'hAAAAAAAAAAAAAAAAAAAAAAAAAAAAAAAA;
    d_copy10 = 128'hAAAAAAAAAAAAAAAAAAAAAAAAAAAAAAAA;
    d_copy11 = 128'hAAAAAAAAAAAAAAAAAAAAAAAAAAAAAAAA;
    d_copy2 = 128'hAAAAAAAAAAAAAAAAAAAAAAAAAAAAAAAA;
    d_copy3 = 128'hAAAAAAAAAAAAAAAAAAAAAAAAAAAAAAAA;
    d_copy4 = 128'hAAAAAAAAAAAAAAAAAAAAAAAAAAAAAAAA;
    d_copy5 = 128'hAAAAAAAAAAAAAAAAAAAAAAAAAAAAAAAA;
    d_copy6 = 128'hAAAAAAAAAAAAAAAAAAAAAAAAAAAAAAAA;
    d_copy7 = 128'hAAAAAAAAAAAAAAAAAAAAAAAAAAAAAAAA;
    d_copy8 = 128'hAAAAAAAAAAAAAAAAAAAAAAAAAAAAAAAA;
    d_copy9 = 128'hAAAAAAAAAAAAAAAAAAAAAAAAAAAAAAAA;
    rg_er = 13'h0AAA;
    rg_ers2 = 13'h0AAA;
    rg_ers3 = 13'h0AAA;
    rg_ex = 13'h0AAA;
    rg_ex_f = 11'h2AA;
    rg_flags_f = 6'h2A;
    rg_flags_s1 = 6'h2A;
    rg_flags_s2 = 6'h2A;
    rg_flags_s3 = 6'h2A;
    rg_flags_s4 = 6'h2A;
    rg_man = 108'hAAAAAAAAAAAAAAAAAAAAAAAAAAA;
    rg_man_f = 104'hAAAAAAAAAAAAAAAAAAAAAAAAAA;
    rg_partial_product0_1 = 108'hAAAAAAAAAAAAAAAAAAAAAAAAAAA;
    rg_partial_product1_1 = 108'hAAAAAAAAAAAAAAAAAAAAAAAAAAA;
    rg_partial_product2_1 = 108'hAAAAAAAAAAAAAAAAAAAAAAAAAAA;
    rg_partial_product3_1 = 108'hAAAAAAAAAAAAAAAAAAAAAAAAAAA;
    rg_partial_product4_1 = 108'hAAAAAAAAAAAAAAAAAAAAAAAAAAA;
    rg_partial_product5_1 = 108'hAAAAAAAAAAAAAAAAAAAAAAAAAAA;
    rg_partial_product6_1 = 108'hAAAAAAAAAAAAAAAAAAAAAAAAAAA;
    rg_partial_product7_1 = 108'hAAAAAAAAAAAAAAAAAAAAAAAAAAA;
    rg_partial_product8_1 = 108'hAAAAAAAAAAAAAAAAAAAAAAAAAAA;
    rg_sign = 1'h0;
    rg_sign_f = 1'h0;
    rg_smr = 108'hAAAAAAAAAAAAAAAAAAAAAAAAAAA;
    rg_smr1 = 108'hAAAAAAAAAAAAAAAAAAAAAAAAAAA;
    rg_smr2 = 108'hAAAAAAAAAAAAAAAAAAAAAAAAAAA;
    rg_smr3 = 108'hAAAAAAAAAAAAAAAAAAAAAAAAAAA;
    rg_sr = 1'h0;
    rg_srs2 = 1'h0;
    rg_srs3 = 1'h0;
  end
  `endif // BSV_NO_INITIAL_BLOCKS
  // synopsys translate_on
endmodule  // mkMulPipe